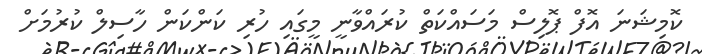
ކޮމިޝަނަ އޮފް ޕޮލިސް މަސައްކަތް ކުރައްވާނީ މީގައި ހުރި ކަންކަން ހާސިލް ކުރުމަށް